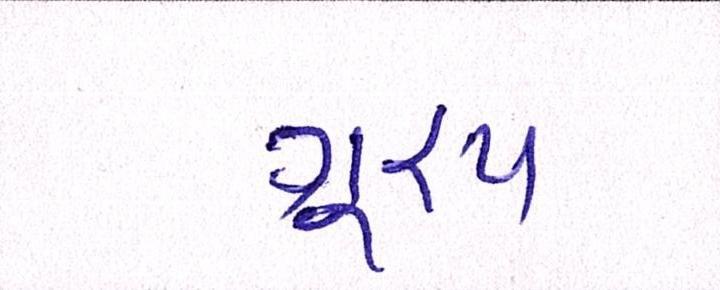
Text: ગૂ્રપ